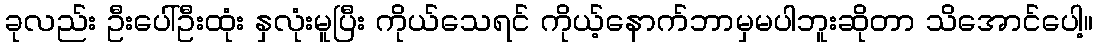
ခုလည်း ဦးပေါ်ဦးထုံး နှလုံးမူပြီး ကိုယ်သေရင် ကိုယ့်နောက်ဘာမှမပါဘူးဆိုတာ သိအောင်ပေါ့။